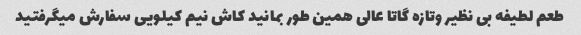
طعم لطیفه بی نظیر وتازه گاتا عالی همین طور بمانید کاش نیم کیلویی سفارش میگرفتید